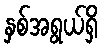
နှစ်အရွယ်ရှိ